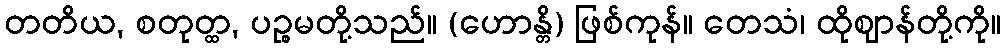
တတိယ, စတုတ္ထ, ပဉ္စမတို့သည်။ (ဟောန္တိ) ဖြစ်ကုန်။ တေသံ၊ ထိုဈာန်တို့ကို။